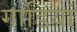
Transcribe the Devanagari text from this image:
गाडि़यां